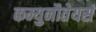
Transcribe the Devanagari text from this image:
कम्युनौतेयर्स